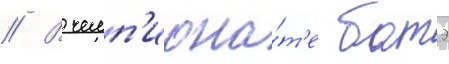
// В чемп'иона́т'е батэ